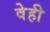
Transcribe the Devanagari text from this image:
वेही